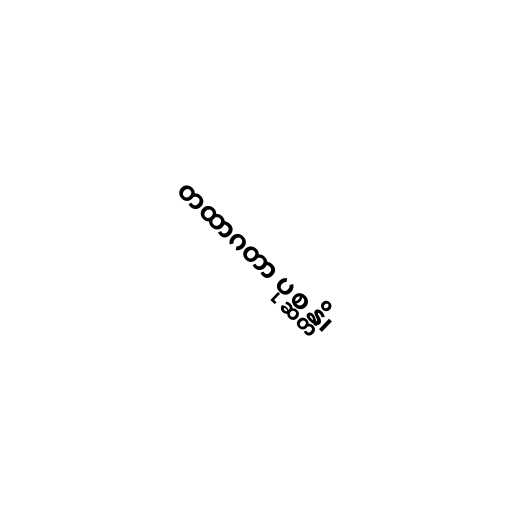
တထာဂတာ ပုစ္ဆန္တိ၊